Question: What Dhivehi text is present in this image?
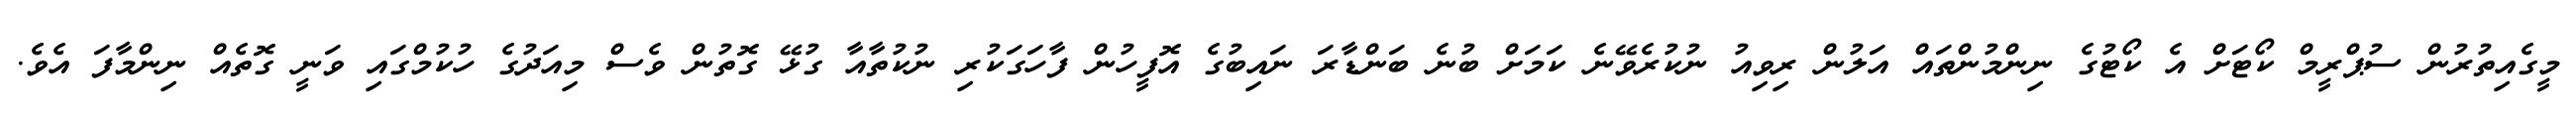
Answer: މީގެއިތުރުން ސުޕްރީމް ކޯޓަށް އެ ކޯޓުގެ ނިންމުންތައް އަލުން ރިވިއު ނުކުރެވޭނެ ކަމަށް ބުނެ ބަންޑާރަ ނައިބުގެ އޮފީހުން ފާހަގަކުރި ނުކުތާއާ ގުޅޭ ގޮތުން ވެސް މިއަދުގެ ހުކުމްގައި ވަނީ ގޮތެއް ނިންމާފަ އެވެ.